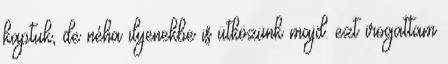
kaptuk, de néha ilyenekbe is ütközünk majd. ezt irogattam